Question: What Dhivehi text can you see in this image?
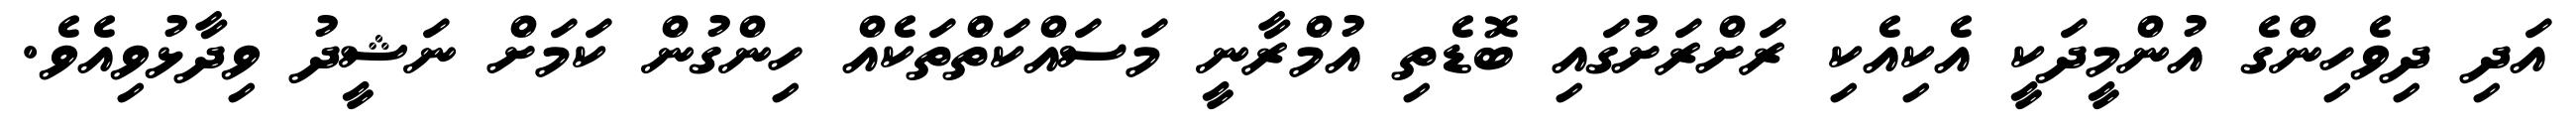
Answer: އަދި ދިވެހިންގެ އުންމީދަކީ އެކިއެކި ރަށްރަށުގައި ބޮޑެތި އުމްރާނީ މަސައްކަތްތަކެއް ހިންގުން ކަމަށް ނަޝީދު ވިދާޅުވިއެވެ.